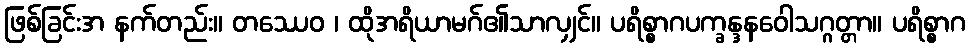
ဖြစ်ခြင်းအ နက်တည်း။ တဿေဝ ၊ ထိုအရိယာမဂ်၏သာလျှင်။ ပရိစ္စာဂပက္ခန္ဒနဝေါသဂ္ဂတ္တာ။ ပရိစ္စာဂ